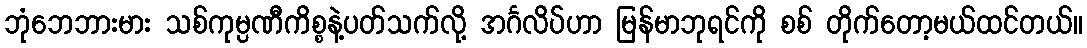
ဘုံဘေဘားမား သစ်ကုမ္ပဏီကိစ္စနဲ့ပတ်သက်လို့ အင်္ဂလိပ်ဟာ မြန်မာဘုရင်ကို စစ် တိုက်တော့မယ်ထင်တယ်။